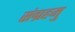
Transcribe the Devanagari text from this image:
संग्रहमु